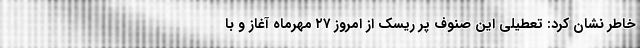
خاطر نشان کرد: تعطیلی این صنوف پر ریسک از امروز ۲۷ مهرماه آغاز و با